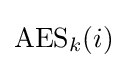
\operatorname {AES} _{k}(i)